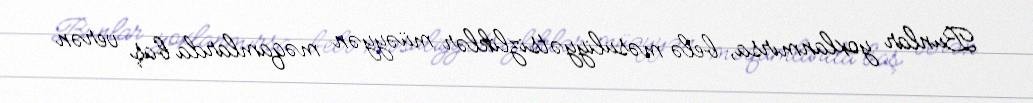
Bunlar yoxlanmırsa, belə məsuliyyətsizliklər müəyyən məqamlarda baş verən